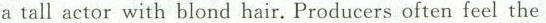
a tall actor with blond hair, Producers often feel the